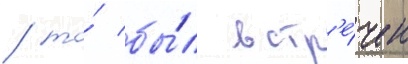
/ то́ бы́л встр'е́чен